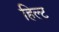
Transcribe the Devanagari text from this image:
हिल्ट